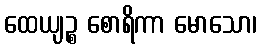
ထေယျဉ္စ စောရိကာ မောသော၊